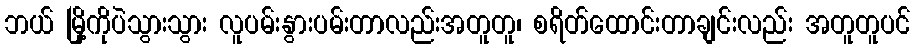
ဘယ် မြို့ကိုပဲသွားသွား လူပမ်းနွားပမ်းတာလည်းအတူတူ၊ စရိတ်ထောင်းတာချင်းလည်း အတူတူပင်